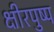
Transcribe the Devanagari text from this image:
क्षीरपुष्प